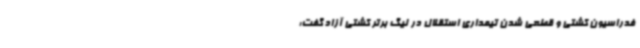
فدراسیون کشتی و قطعی شدن تیمداری استقلال در لیگ برتر کشتی آزاد گفت: